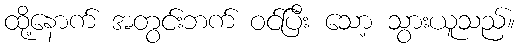
ထို့နောက် အတွင်းဘက် ဝင်ပြီး သော့ သွားယူသည်။